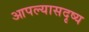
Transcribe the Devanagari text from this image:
आपल्यासदृष्य